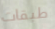
طبقات